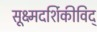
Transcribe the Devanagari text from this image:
सूक्ष्मदर्शिकीविद्